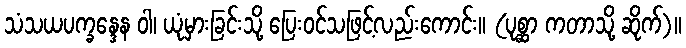
သံသယပက္ခန္ဒေန ဝါ၊ ယုံမှားခြင်းသို့ ပြေးဝင်သဖြင့်လည်းကောင်း။ (ပုစ္ဆာ ကတာသို့ ဆိုက်)။